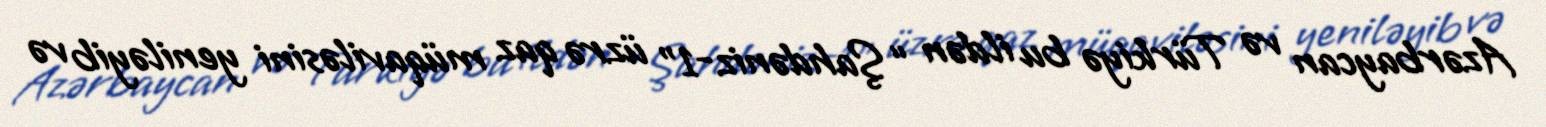
Azərbaycan və Türkiyə bu ildən “Şahdəniz-1" üzrə qaz müqaviləsini yeniləyib və